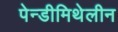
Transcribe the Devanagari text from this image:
पेन्डीमिथेलीन